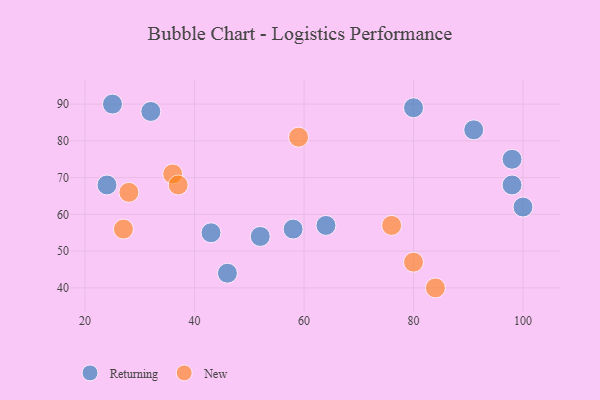
{"axis": {"x": "GDP", "y": "Life Expectancy"}, "legend": ["New", "Returning"], "data": [{"x": "98", "y": 75, "type": "Returning"}, {"x": "80", "y": 89, "type": "Returning"}, {"x": "46", "y": 44, "type": "Returning"}, {"x": "98", "y": 68, "type": "Returning"}, {"x": "52", "y": 54, "type": "Returning"}, {"x": "24", "y": 68, "type": "Returning"}, {"x": "100", "y": 62, "type": "Returning"}, {"x": "58", "y": 56, "type": "Returning"}, {"x": "91", "y": 83, "type": "Returning"}, {"x": "32", "y": 88, "type": "Returning"}, {"x": "43", "y": 55, "type": "Returning"}, {"x": "25", "y": 90, "type": "Returning"}, {"x": "64", "y": 57, "type": "Returning"}, {"x": "36", "y": 71, "type": "New"}, {"x": "37", "y": 68, "type": "New"}, {"x": "28", "y": 66, "type": "New"}, {"x": "27", "y": 56, "type": "New"}, {"x": "84", "y": 40, "type": "New"}, {"x": "80", "y": 47, "type": "New"}, {"x": "76", "y": 57, "type": "New"}, {"x": "59", "y": 81, "type": "New"}]}